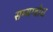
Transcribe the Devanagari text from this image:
सम्यग्बोध